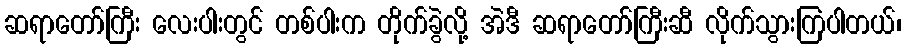
ဆရာတော်ကြီး လေးပါးတွင် တစ်ပါးက တိုက်ခွဲလို့ အဲဒီ ဆရာတော်ကြီးဆီ လိုက်သွားကြပါတယ်၊